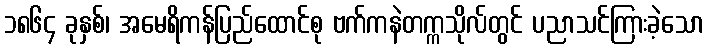
၁၈၆၄ ခုနှစ်၊ အမေရိကန်ပြည်ထောင်စု ဗက်ကနဲတက္ကသိုလ်တွင် ပညာသင်ကြားခဲ့သော